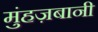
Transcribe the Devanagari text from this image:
मुंहज़बानी